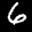
Label: 6